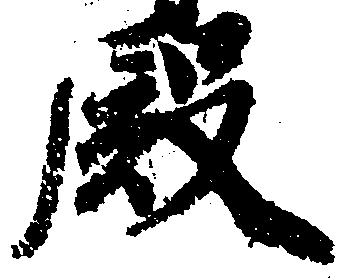
殿